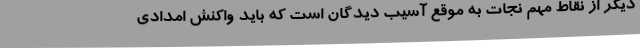
دیگر از نقاط مهم نجات به موقع آسیب دیدگان است که باید واکنش امدادی